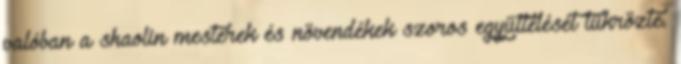
valóban a shaolin mesterek és növendékek szoros együttélését tükrözte.